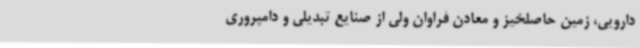
دارویی، زمین حاصلخیز و معادن فراوان ولی از صنایع تبدیلی و دامپروری